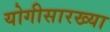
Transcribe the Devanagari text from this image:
योगीसारख्या